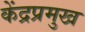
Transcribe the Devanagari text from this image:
केंद्रप्रमुख